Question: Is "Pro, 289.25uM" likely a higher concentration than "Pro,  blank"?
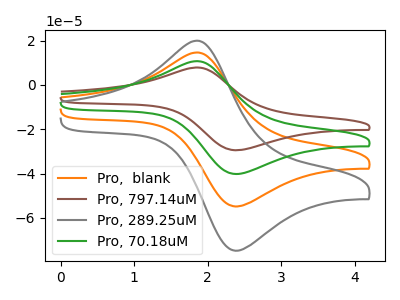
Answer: <think>The orange curve "Pro,  blank" has an anodic peak at (1.85V, 14.60uA) and a cathodic peak at (2.40V, -54.85uA). The brown curve "Pro, 797.14uM" has an anodic peak at (1.85V, 43.85uA) and a cathodic peak at (2.40V, -164.50uA). The gray curve "Pro, 289.25uM" has an anodic peak at (1.85V, 19.95uA) and a cathodic peak at (2.40V, -74.80uA). The green curve "Pro, 70.18uM" has an anodic peak at (1.85V, 29.25uA) and a cathodic peak at (2.40V, -109.65uA).
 All the peaks in "Pro, 289.25uM" have a peak in "Pro,  blank" at the same potential. Every peak in "Pro, 289.25uM" is higher than every peak in "Pro,  blank".</think>
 <answer>"Pro, 289.25uM" has more signal than "Pro,  blank".</answer>
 <eval>more_signal</eval>